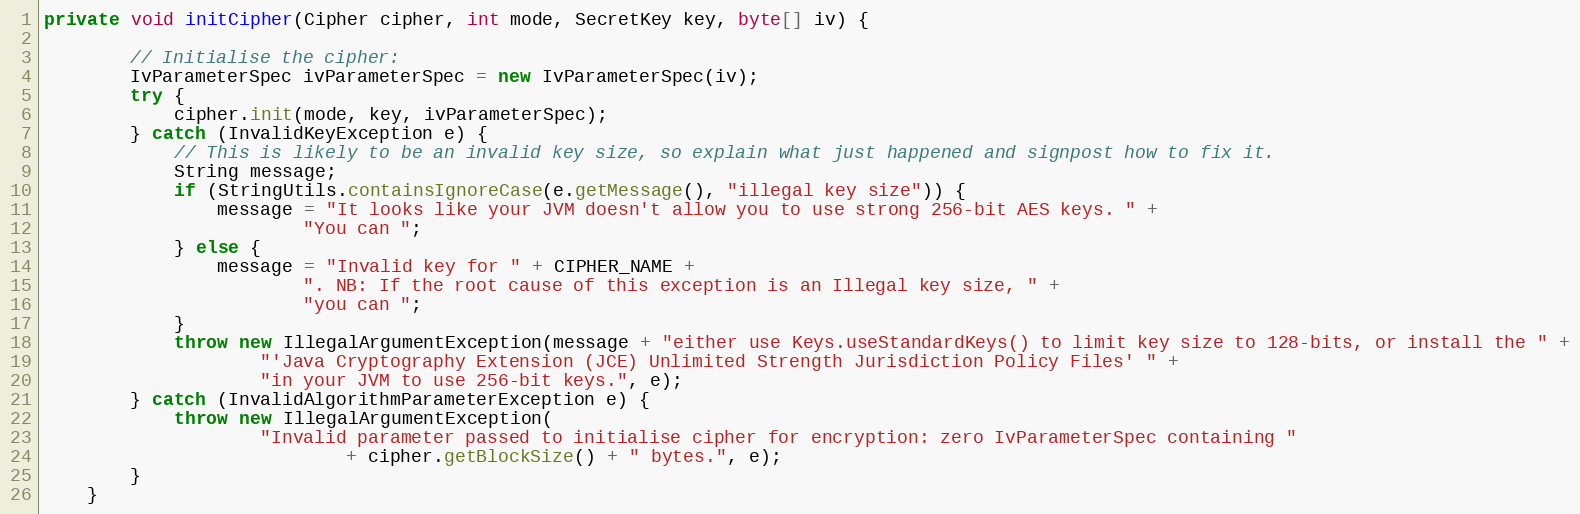
Language: Java
private void initCipher(Cipher cipher, int mode, SecretKey key, byte[] iv) {

        // Initialise the cipher:
        IvParameterSpec ivParameterSpec = new IvParameterSpec(iv);
        try {
            cipher.init(mode, key, ivParameterSpec);
        } catch (InvalidKeyException e) {
            // This is likely to be an invalid key size, so explain what just happened and signpost how to fix it.
            String message;
            if (StringUtils.containsIgnoreCase(e.getMessage(), "illegal key size")) {
                message = "It looks like your JVM doesn't allow you to use strong 256-bit AES keys. " +
                        "You can ";
            } else {
                message = "Invalid key for " + CIPHER_NAME +
                        ". NB: If the root cause of this exception is an Illegal key size, " +
                        "you can ";
            }
            throw new IllegalArgumentException(message + "either use Keys.useStandardKeys() to limit key size to 128-bits, or install the " +
                    "'Java Cryptography Extension (JCE) Unlimited Strength Jurisdiction Policy Files' " +
                    "in your JVM to use 256-bit keys.", e);
        } catch (InvalidAlgorithmParameterException e) {
            throw new IllegalArgumentException(
                    "Invalid parameter passed to initialise cipher for encryption: zero IvParameterSpec containing "
                            + cipher.getBlockSize() + " bytes.", e);
        }
    }